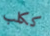
ككلب